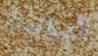
التواليت